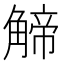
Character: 𧤍